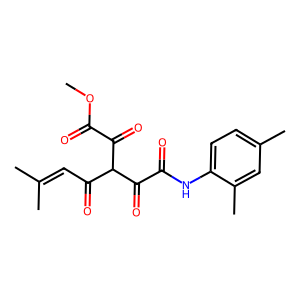
SMILES: COC(=O)C(=O)C(C(=O)C=C(C)C)C(=O)C(=O)Nc1ccc(C)cc1C
Inhibits HIV replication: No